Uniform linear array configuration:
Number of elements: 8
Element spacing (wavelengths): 0.25
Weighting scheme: hann
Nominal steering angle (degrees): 30
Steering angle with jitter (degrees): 28.684
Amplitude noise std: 0.05
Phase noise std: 0.05

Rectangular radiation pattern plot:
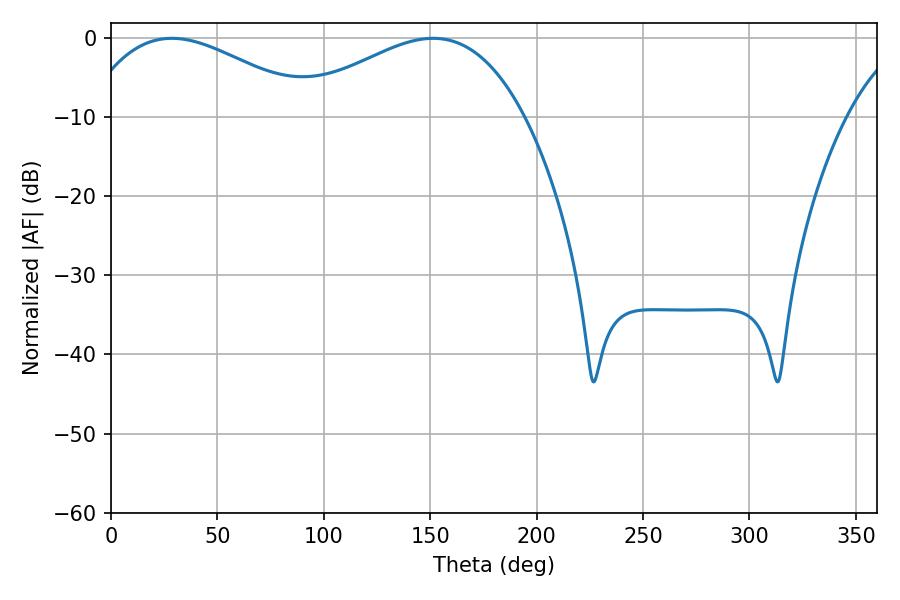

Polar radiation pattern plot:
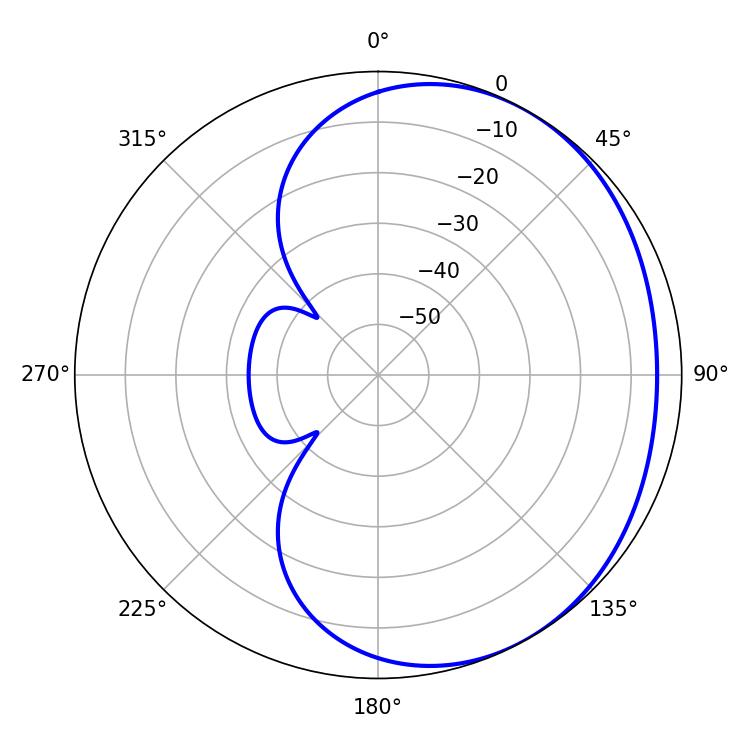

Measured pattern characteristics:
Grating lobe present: FALSE
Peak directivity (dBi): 2.272
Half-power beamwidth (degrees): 59.58
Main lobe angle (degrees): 28.62